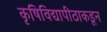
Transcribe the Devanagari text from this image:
कृषिविद्यापीठाकडून